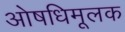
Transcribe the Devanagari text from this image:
ओषधिमूलक